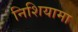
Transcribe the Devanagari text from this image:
निशियामा